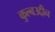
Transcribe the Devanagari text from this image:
कुल्बउद्दीन